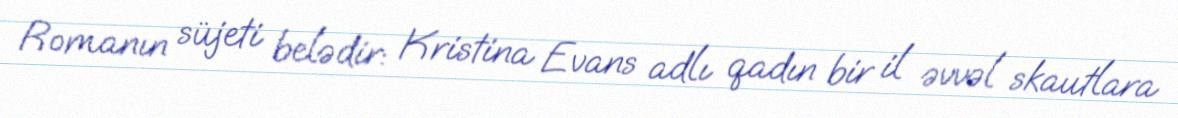
Romanın süjeti belədir: Kristina Evans adlı qadın bir il əvvəl skautlara